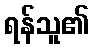
ရန်သူ၏